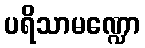
ပရိသာမဏ္ဍော